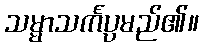
သမ္မာသင်္ကပ္ပမည်၏။